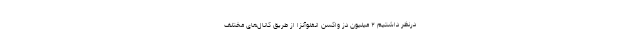
درنظر داشتیم ۲ میلیون دُز واکسن انفلوآنزا از طریق کانال‌های مختلف